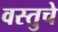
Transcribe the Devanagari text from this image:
वस्तुचे